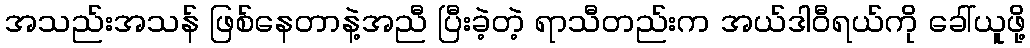
အသည်းအသန် ဖြစ်နေတာနဲ့အညီ ပြီးခဲ့တဲ့ ရာသီတည်းက အယ်ဒါဝီရယ်ကို ခေါ်ယူဖို့